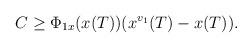
LaTeX: \begin{align*}\begin{aligned}C\geq\Phi_{1x}(x(T))(x^{v_1}(T)-x(T)).\end{aligned}\end{align*}